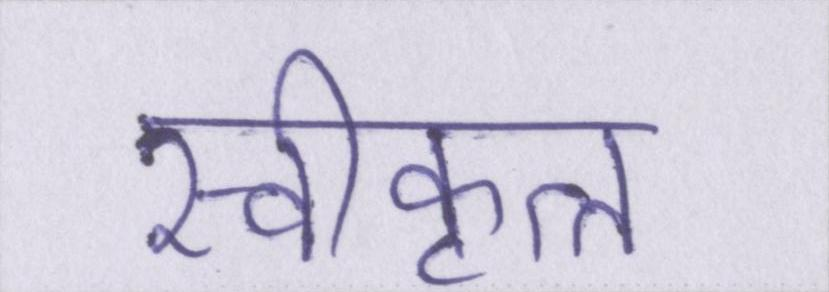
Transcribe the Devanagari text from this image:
स्वीकृत्त